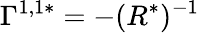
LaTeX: \Gamma^{1,1*}=-(R^{*})^{-1}